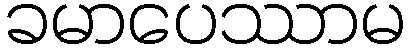
ခမာပေဿာမ